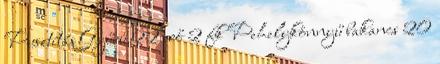
Pusztítás Gyűrű 22 erő 2 fk Pehelykönnyű bakancs 20